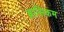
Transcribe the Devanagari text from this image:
ब्रासिकम